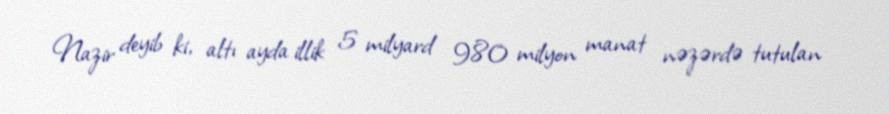
Nazir deyib ki, altı ayda illik 5 milyard 980 milyon manat nəzərdə tutulan